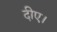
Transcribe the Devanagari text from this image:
दीए।